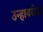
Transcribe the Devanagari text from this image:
उन्हाबरोबर